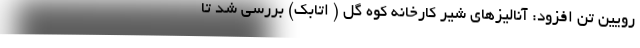
رویین تن افزود: آنالیزهای شیر کارخانه کوه گل ( اتابک) بررسی شد تا